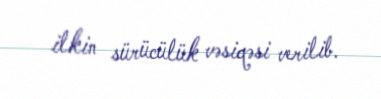
ilkin sürücülük vəsiqəsi verilib.